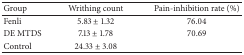
| Group | Writhing count | Pain-inhibition rate (%) |
 | --- | --- | --- |
 | Fenli | 5.83 ± 1.32 | 76.04 |
 | DE MTDS | 7.13 ± 1.78 | 70.69 |
 | Control | 24.33 ± 3.08 |  |